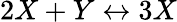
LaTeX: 2X+Y\leftrightarrow 3X